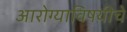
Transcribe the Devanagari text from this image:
आरोग्याविषयीचे